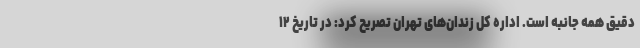
دقیق همه جانبه است. اداره کل زندان‌های تهران تصریح کرد: در تاریخ ۱۲